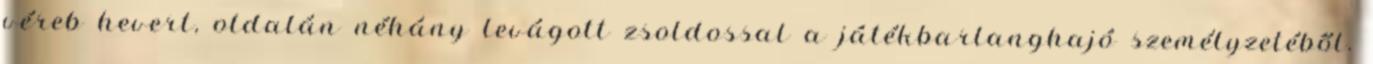
véreb hevert, oldalán néhány levágott zsoldossal a játékbarlanghajó személyzetéből.